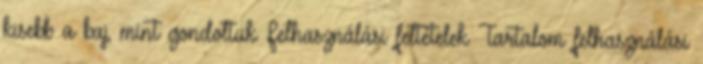
kisebb a baj, mint gondoltuk Felhasználási feltételek Tartalom felhasználási